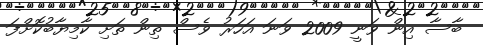
ބާސާ އިން ވަނީ 2009 ވަނަ އަހަރު ވެސް ތިން ތަށި ކާމިޔާބުކޮށްފަ